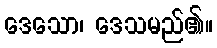
ဒေသော၊ ဒေသမည်၏။